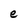
Character: e